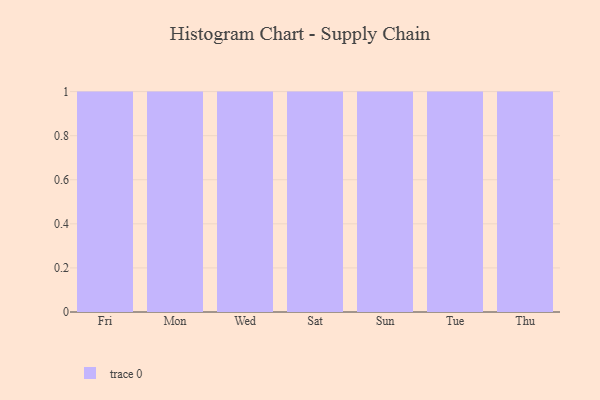
{"axis": {"x": "Day", "y": "Page Views"}, "legend": [""], "data": [{"x": "Fri", "y": 81, "type": ""}, {"x": "Mon", "y": 52, "type": ""}, {"x": "Wed", "y": 99, "type": ""}, {"x": "Sat", "y": 63, "type": ""}, {"x": "Sun", "y": 42, "type": ""}, {"x": "Tue", "y": 93, "type": ""}, {"x": "Thu", "y": 13, "type": ""}]}